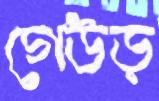
গেউড়